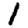
Digit: 1